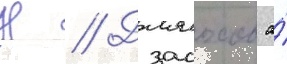
Н // Дзасохов а́